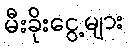
မီးခိုးငွေ့များ